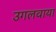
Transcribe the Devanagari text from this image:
उगलवाया